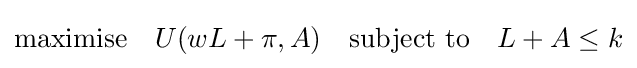
{\text{maximise}}\quad U(wL+\pi ,A)\quad {\text{subject to}}\quad L+A\leq k